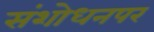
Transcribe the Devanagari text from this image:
संशाेधनपर